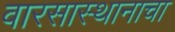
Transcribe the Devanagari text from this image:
वारसास्थानाचा